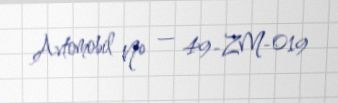
Avtomobil № — 49-ZM-019